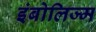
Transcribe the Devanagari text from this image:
इंबोलिज्म